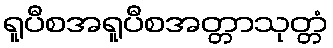
ရူပီစအရူပီစအတ္တာသုတ္တံ